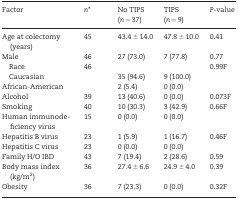
<table><thead><tr><td><b>Factor</b></td><td><b><i>n</i>*</b></td><td><b>No TIPS (<i>n = </i>37)</b></td><td><b>TIPS (<i>n = </i>9)</b></td><td><b><i>P</i>-value</b></td></tr></thead><tbody><tr><td>Age at colectomy (years)</td><td>45</td><td>43.4 ± 14.0</td><td>47.8 ± 10.0</td><td>0.41</td></tr><tr><td>Male</td><td>46</td><td>27 (73.0)</td><td>7 (77.8)</td><td>0.77</td></tr><tr><td> Race</td><td>46</td><td></td><td></td><td>0.99F</td></tr><tr><td> Caucasian</td><td></td><td>35 (94.6)</td><td>9 (100.0)</td><td></td></tr><tr><td>African-American</td><td></td><td>2 (5.4)</td><td>0 (0.0)</td><td></td></tr><tr><td>Alcohol</td><td>39</td><td>13 (40.6)</td><td>0 (0.0)</td><td>0.073F</td></tr><tr><td>Smoking</td><td>40</td><td>10 (30.3)</td><td>3 (42.9)</td><td>0.66F</td></tr><tr><td>Human immunodeficiency virus</td><td>15</td><td>0 (0.0)</td><td>0 (0.0)</td><td></td></tr><tr><td>Hepatitis B virus</td><td>23</td><td>1 (5.9)</td><td>1 (16.7)</td><td>0.46F</td></tr><tr><td>Hepatitis C virus</td><td>23</td><td>0 (0.0)</td><td>0 (0.0)</td><td></td></tr><tr><td>Family H/O IBD</td><td>43</td><td>7 (19.4)</td><td>2 (28.6)</td><td>0.59</td></tr><tr><td>Body mass index (kg/m<sup>2</sup>)</td><td>36</td><td>27.4 ± 6.6</td><td>24.9 ± 4.0</td><td>0.39</td></tr><tr><td>Obesity</td><td>36</td><td>7 (23.3)</td><td>0 (0.0)</td><td>0.32F</td></tr></tbody></table>